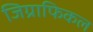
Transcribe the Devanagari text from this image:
जिग्राफिकल